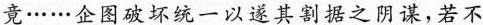
竟……企图破坏统一以遂其割据之阴谋，若不